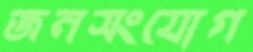
জনসংযোগ